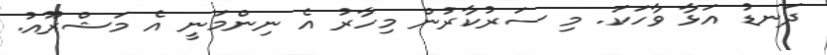
ދަނޑު އަޅާ ވާހަކަ. މި ސަރުކާރުން މިހާރު އެ ނިންމަނީ އެ މަޝްރޫއު.